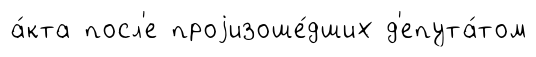
а́кта посл'е проjизоше́дших д'епута́том